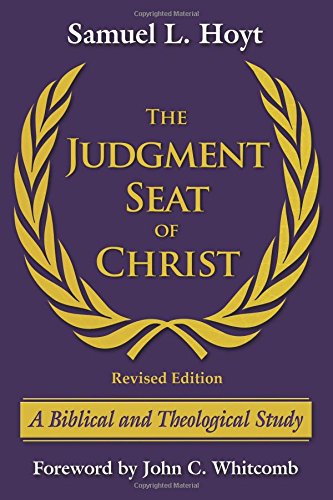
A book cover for The Judgment Seat of Christ: A Biblical and Theological Study; Samuel L. Hoyt; Christian Books & Bibles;